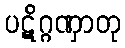
ပဋိဂ္ဂဏှာတု